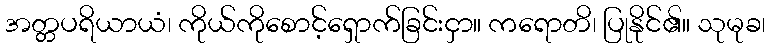
အတ္တပရိယာယံ၊ ကိုယ်ကိုစောင့်ရှောက်ခြင်းငှာ။ ကရောတိ၊ ပြုနိုင်၏။ သုမုခ၊